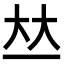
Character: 𠀤